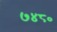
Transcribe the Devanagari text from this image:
७४८०